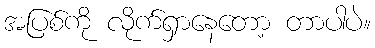
အပြစ်ကို လိုက်ရှာနေတော့ တာပါပဲ။